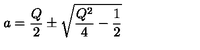
a = \frac { Q } { 2 } \pm \sqrt { \frac { Q ^ { 2 } } { 4 } - \frac { 1 } { 2 } }